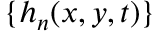
\{ h _ { n } ( x , y , t ) \}